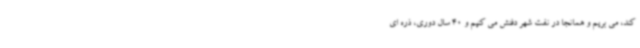
کند، می بریم و همانجا در نفت شهر دفنش می کنیم و 40 سال دوری، ذره ای